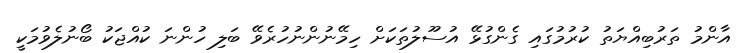
އާންމު ތަރުބިއްޔަތު ކުރުމުގައި ގެންގުޅޭ އުސޫލުތަކަށް ހިމޭނުންނުހުރެވޭ ބަލި ހުންނަ ކުއްޖަކު ބޯނުލެވުމަކީ